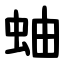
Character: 蚰